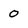
Character: 0